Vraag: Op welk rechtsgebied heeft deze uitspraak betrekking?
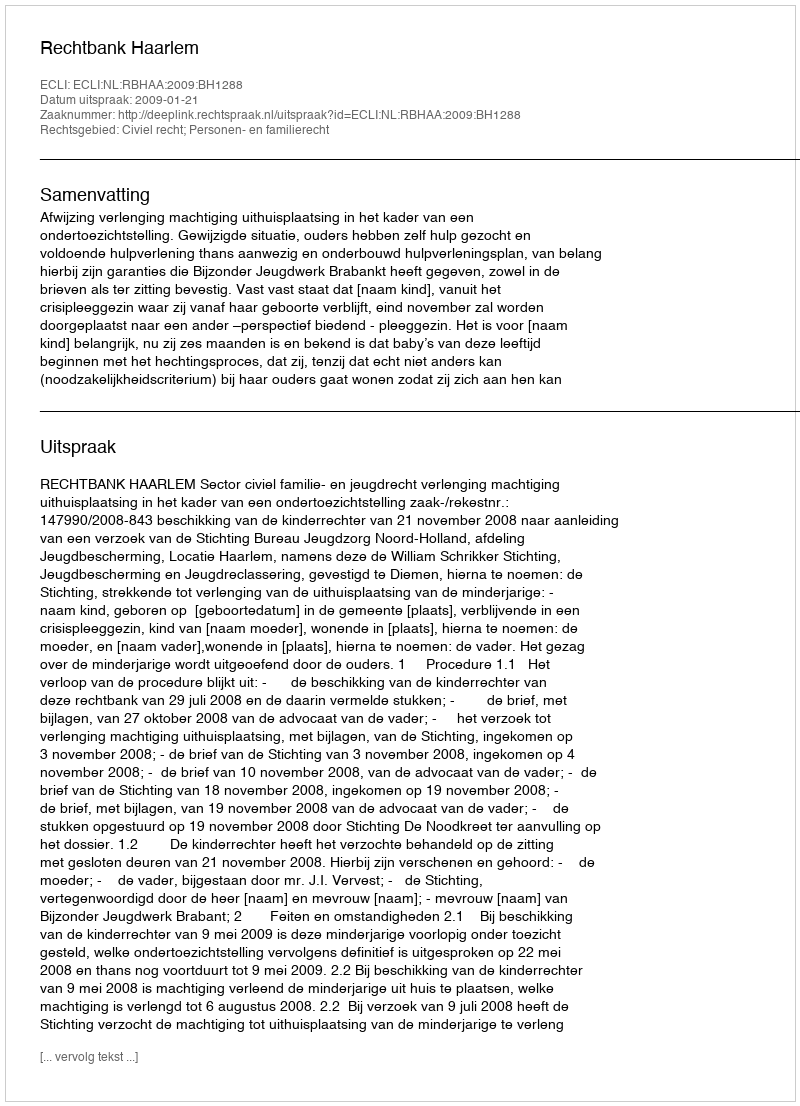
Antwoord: Civiel recht; Personen- en familierecht